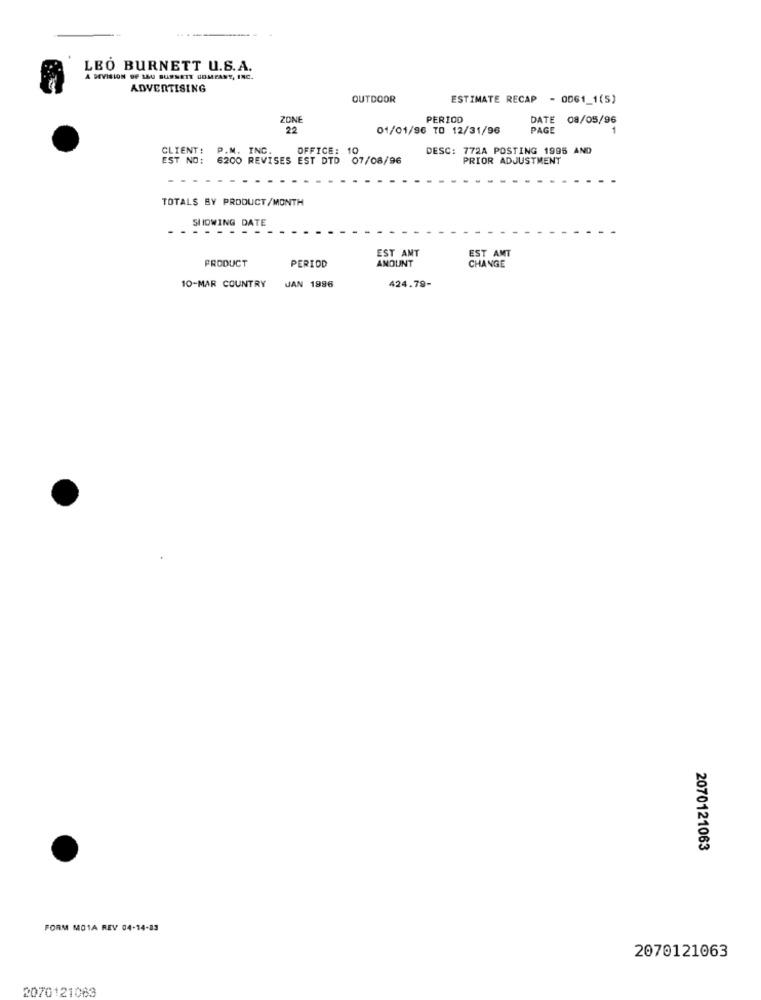
LEO BURNETT U.S.A.
A DIVISION DE MAU BURNETT COMPANY, INC.
ADVERTISING
OUTDOOR
ESTIMATE RECAP - 0061_1(5)
ZONE
PERIOD
DATE 08/05/96
22
01/01/96 TO 12/31/96
PAGE
CLIENT:
P.M. INC.
OFFICE: 10
DESC: 772A POSTING 1995 AND
EST NO: 6200 REVISES EST DTD 07/08/96
PRIOR ADJUSTMENT
TOTALS BY PRODUCT/MONTH
SHOWING DATE
EST AMT
PRODUCT
PERIOD
AMOUNT
EST AMT
CHANGE
424.79-
10-MAR COUNTRY
JAN 1996
2070121063
FORM MO1A REV 04-14-83
2070121063
2070121063